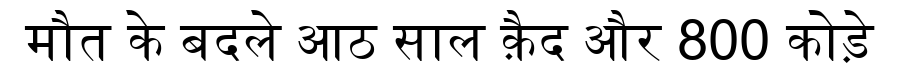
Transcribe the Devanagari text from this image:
मौत के बदले आठ साल क़ैद और 800 कोड़े